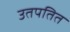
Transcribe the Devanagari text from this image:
उतपतित